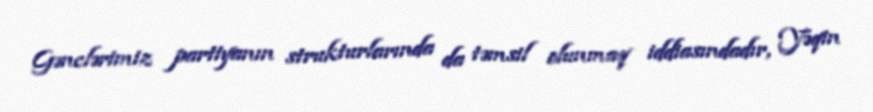
Gənclərimiz partiyanın strukturlarında da təmsil olunmaq iddiasındadır, Yəqin